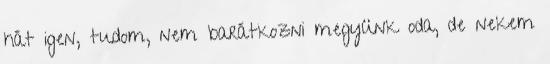
hát igen, tudom, nem barátkozni megyünk oda, de nekem